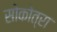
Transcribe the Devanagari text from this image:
सोकोत्रा